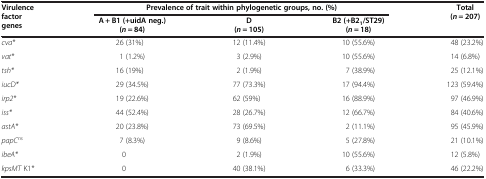
<table><thead><tr><td rowspan="2"><b>Virulence factor genes</b></td><td colspan="3"><b>Prevalence of trait within phylogenetic groups, no. (%)</b></td><td rowspan="2"><b>Total (<i>n</i> = 207)</b></td></tr><tr><td><b>A + B1 (+uidA neg.) (<i>n</i> = 84)</b></td><td><b>D (<i>n</i> = 105)</b></td><td><b>B2 (+B2<sub>1</sub>/ST29) (<i>n</i> = 18)</b></td></tr></thead><tbody><tr><td><i>cva*</i></td><td>26 (31%)</td><td>12 (11.4%)</td><td>10 (55.6%)</td><td>48 (23.2%)</td></tr><tr><td><i>vat*</i></td><td>1 (1.2%)</td><td>3 (2.9%)</td><td>10 (55.6%)</td><td>14 (6.8%)</td></tr><tr><td><i>tsh*</i></td><td>16 (19%)</td><td>2 (1.9%)</td><td>7 (38.9%)</td><td>25 (12.1%)</td></tr><tr><td><i>iucD*</i></td><td>29 (34.5%)</td><td>77 (73.3%)</td><td>17 (94.4%)</td><td>123 (59.4%)</td></tr><tr><td><i>irp2*</i></td><td>19 (22.6%)</td><td>62 (59%)</td><td>16 (88.9%)</td><td>97 (46.9%)</td></tr><tr><td><i>iss*</i></td><td>44 (52.4%)</td><td>28 (26.7%)</td><td>12 (66.7%)</td><td>84 (40.6%)</td></tr><tr><td><i>astA*</i></td><td>20 (23.8%)</td><td>73 (69.5%)</td><td>2 (11.1%)</td><td>95 (45.9%)</td></tr><tr><td><i>papC</i><sup><i>ns</i></sup></td><td>7 (8.3%)</td><td>9 (8.6%)</td><td>5 (27.8%)</td><td>21 (10.1%)</td></tr><tr><td><i>ibeA*</i></td><td>0</td><td>2 (1.9%)</td><td>10 (55.6%)</td><td>12 (5.8%)</td></tr><tr><td><i>kpsMT</i> K1<i>*</i></td><td>0</td><td>40 (38.1%)</td><td>6 (33.3%)</td><td>46 (22.2%)</td></tr></tbody></table>